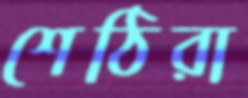
শেঠিরা